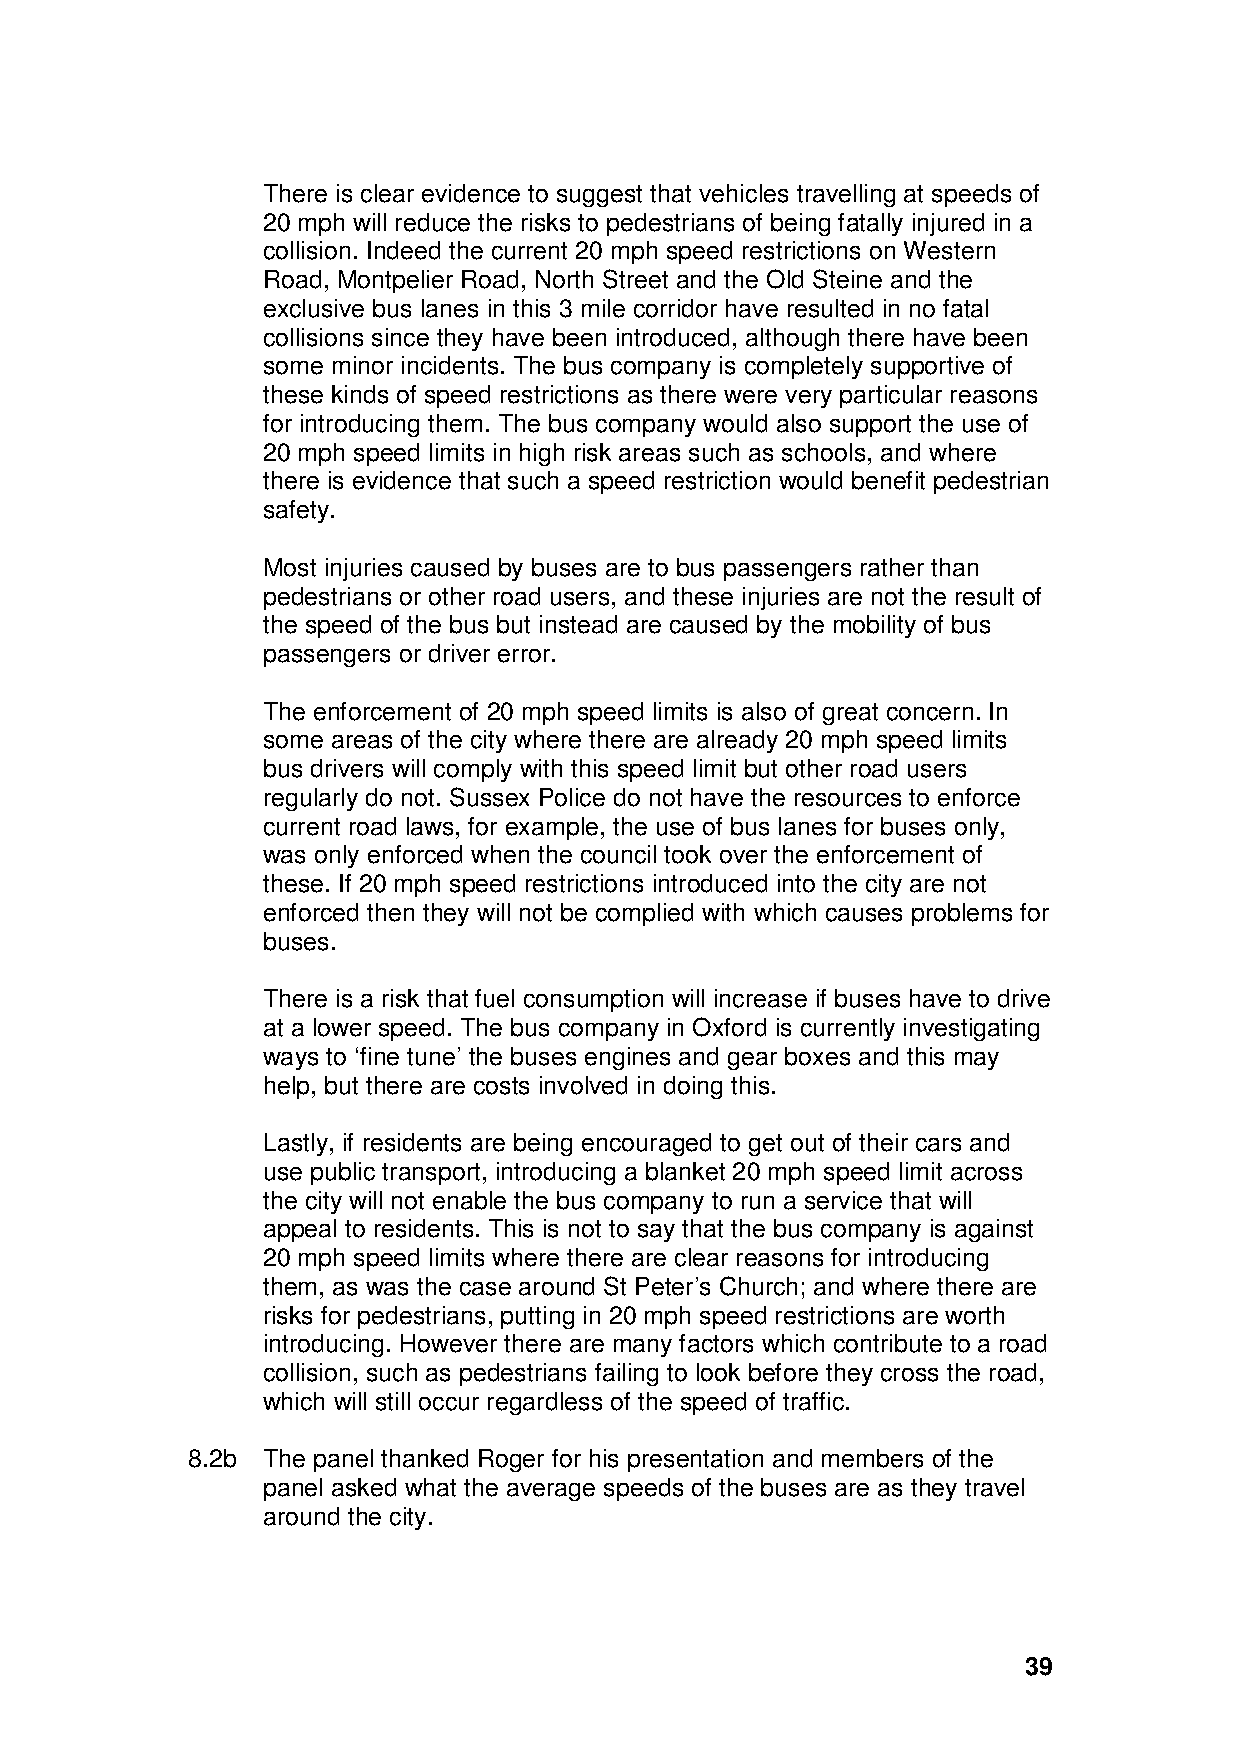
There is clear evidence to suggest that vehicles travelling at speeds of
 20 mph will reduce the risks to pedestrians of being fatally injured in a
 collision. Indeed the current 20 mph speed restrictions on Western
 Road, Montpelier Road, North Street and the Old Steine and the
 exclusive bus lanes in this 3 mile corridor have resulted in no fatal
 collisions since they have been introduced, although there have been
 some minor incidents. The bus company is completely supportive of
 these kinds of speed restrictions as there were very particular reasons
 for introducing them. The bus company would also support the use of
 20 mph speed limits in high risk areas such as schools, and where
 there is evidence that such a speed restriction would benefit pedestrian
 safety.
 Most injuries caused by buses are to bus passengers rather than
 pedestrians or other road users, and these injuries are not the result of
 the speed of the bus but instead are caused by the mobility of bus
 passengers or driver error.
 The enforcement of 20 mph speed limits is also of great concern. In
 some areas of the city where there are already 20 mph speed limits
 bus drivers will comply with this speed limit but other road users
 regularly do not. Sussex Police do not have the resources to enforce
 current road laws, for example, the use of bus lanes for buses only,
 was only enforced when the council took over the enforcement of
 these. If 20 mph speed restrictions introduced into the city are not
 enforced then they will not be complied with which causes problems for
 buses.
 There is a risk that fuel consumption will increase if buses have to drive
 at a lower speed. The bus company in Oxford is currently investigating
 ways to ‘fine tune’ the buses engines and gear boxes and this may
 help, but there are costs involved in doing this.
 Lastly, if residents are being encouraged to get out of their cars and
 use public transport, introducing a blanket 20 mph speed limit across
 the city will not enable the bus company to run a service that will
 appeal to residents. This is not to say that the bus company is against
 20 mph speed limits where there are clear reasons for introducing
 them, as was the case around St Peter’s Church; and where there are
 risks for pedestrians, putting in 20 mph speed restrictions are worth
 introducing. However there are many factors which contribute to a road
 collision, such as pedestrians failing to look before they cross the road,
 which will still occur regardless of the speed of traffic.
 8.2b The panel thanked Roger for his presentation and members of the
 panel asked what the average speeds of the buses are as they travel
 around the city.
 39